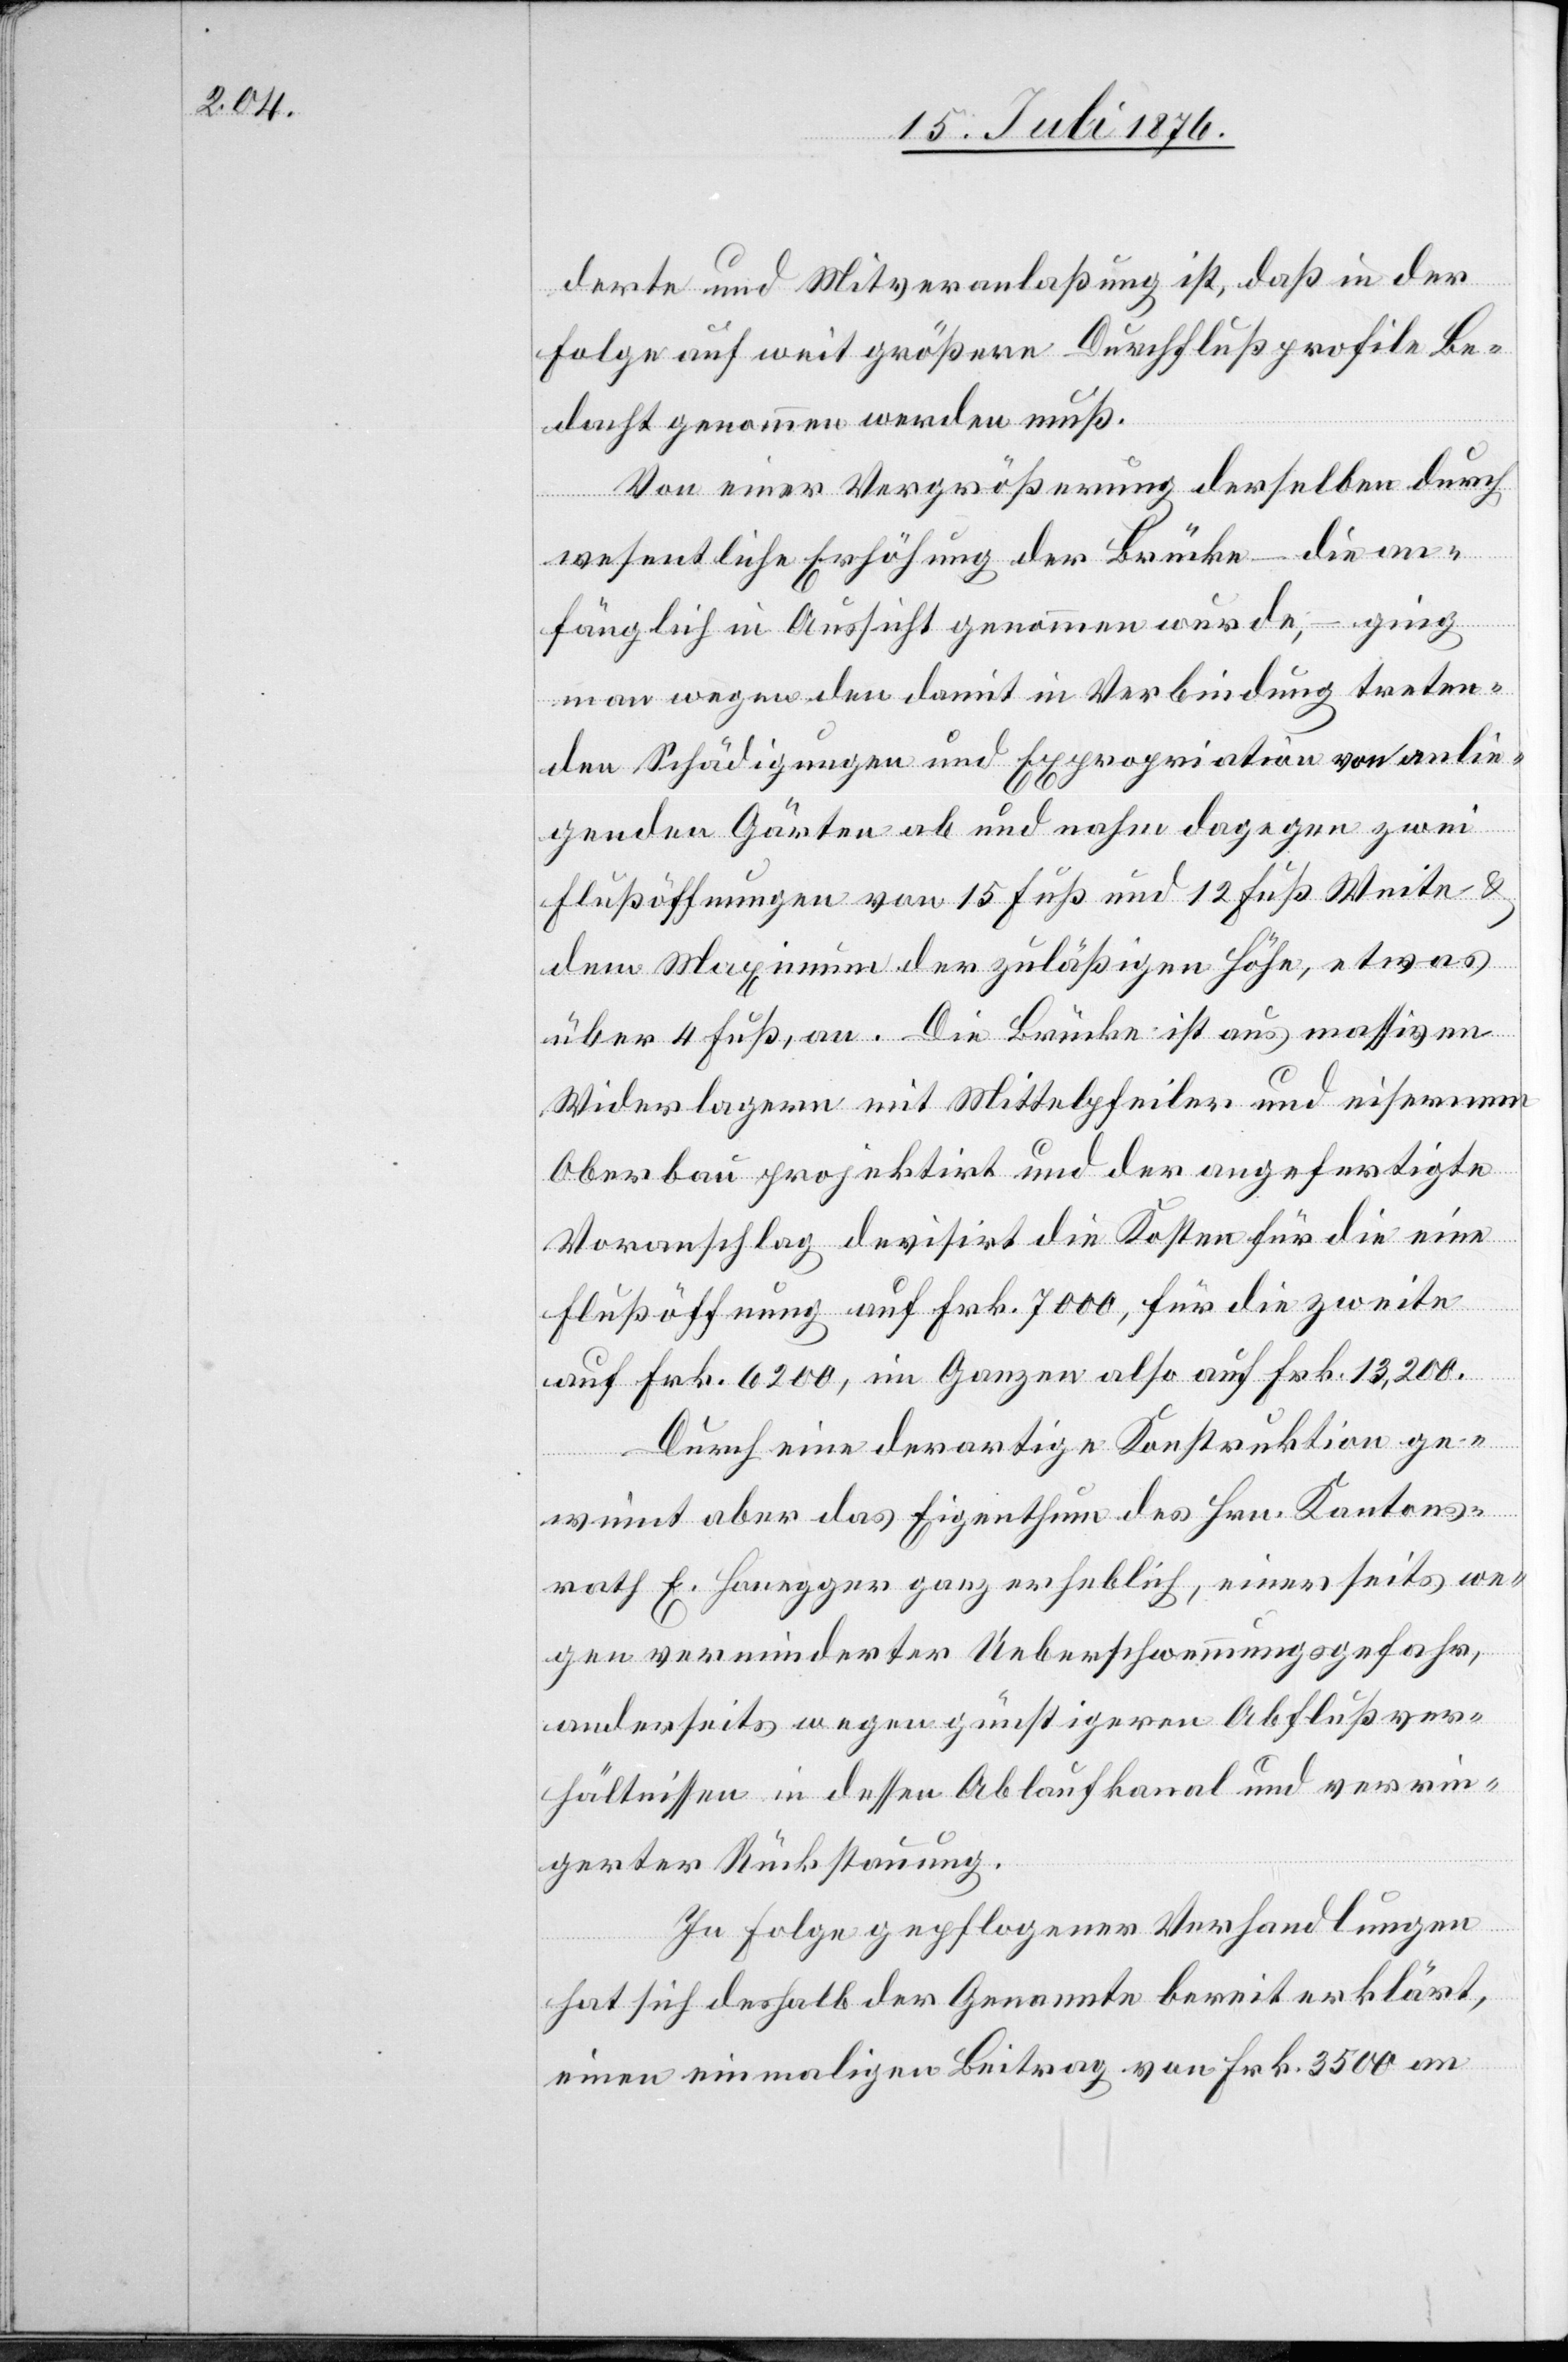
derte und Mitveranlaßung ist, daß in der
Folge auf weit größere Durchflußprofile Be¬
dacht genommen werden muß.
Von einer Vergrößerung derselben durch
wesentliche Erhöhung der Brücke – die an¬
fänglich in Aussicht genommen wurde, – ging
man wegen den damit in Verbindung treten¬
den Schädigungen und Expropriationen von anlie¬
genden Gärten ab und nahm dagegen zwei
Flußöffnungen von 15 Fuß und 12 Fuß Weite &
dem Maximum der zuläßigen Höhe, etwas
über 4 Fuß, an. Die Brücke ist aus massiven
Widerlagern mit Mittelpfeiler und eisernem
Oberbau projektirt und der angefertigte
Voranschlag devisirt die Kosten für die eine
Flußöffnung auf Frk. 7000, für die zweite
auf Frk. 6200, im Ganzen also auf Frk. 13,200.
Durch eine derartige Konstruktion ge¬
winnt aber das Eigenthum des Hrn. Kantons¬
rath E. Honegger ganz erheblich, einerseits we¬
gen verminderter Ueberschwemmungsgefahr,
anderseits wegen günstigeren Abflußver¬
hältnissen in dessen Ablaufkanal und verrin¬
gerter Rückstauung.
In Folge gepflogener Verhandlungen
hat sich deshalb der Genannte bereit erklärt,
einen einmaligen Beitrag von Frk. 3500 an